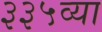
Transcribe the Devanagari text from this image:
३३५व्या